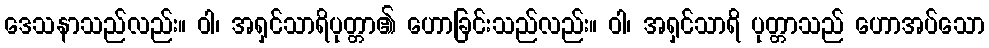
ဒေသနာသည်လည်း။ ဝါ၊ အရှင်သာရိပုတ္တာ၏ ဟောခြင်းသည်လည်း။ ဝါ၊ အရှင်သာရိ ပုတ္တာသည် ဟောအပ်သော